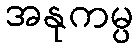
အနုကမ္ပ